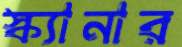
স্ক্যানার